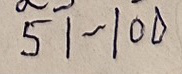
51 - 100